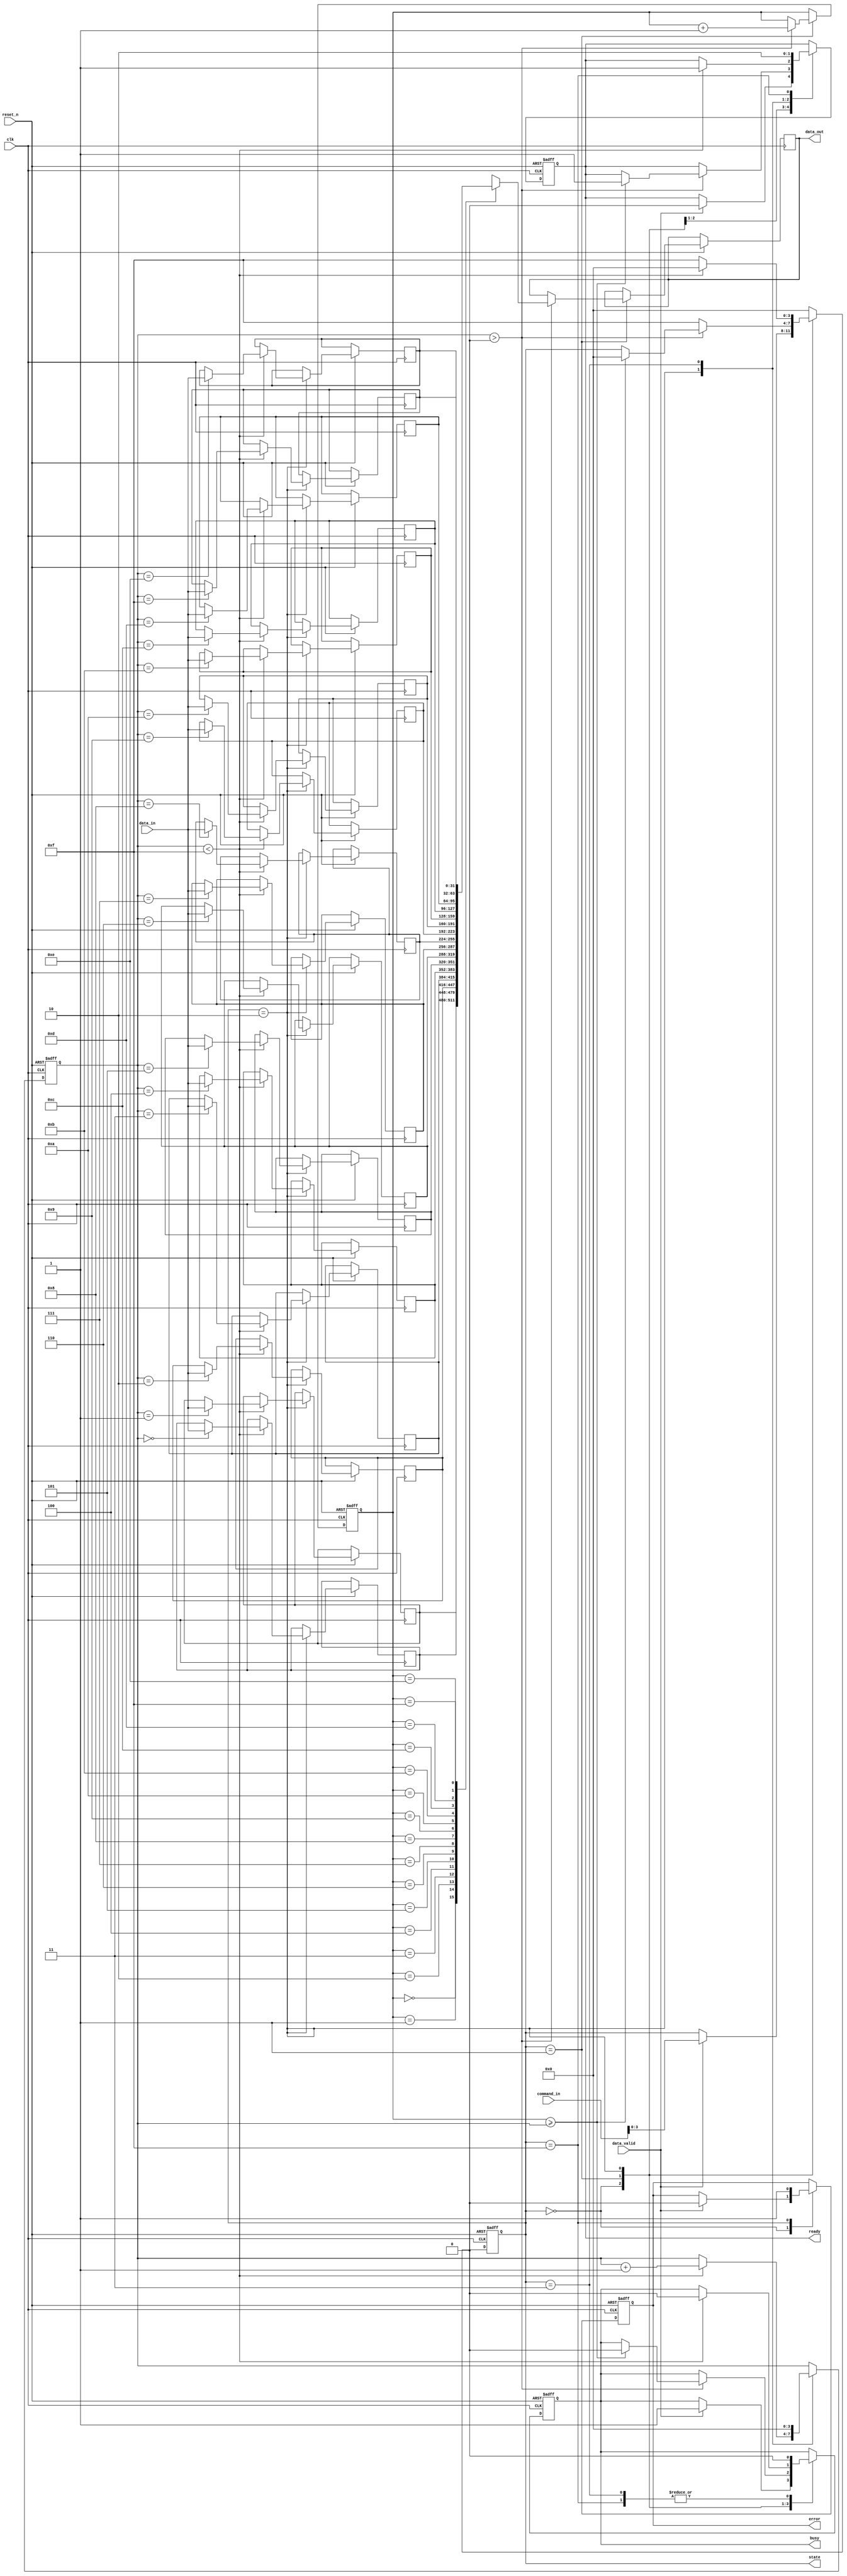
module ufs_io_block #(
    parameter DATA_WIDTH = 32,
    parameter COMMAND_WIDTH = 8
)(
    input wire clk,
    input wire reset_n,
    input wire [COMMAND_WIDTH-1:0] command_in,
    input wire [DATA_WIDTH-1:0] data_in,
    input wire data_valid,
    output reg [DATA_WIDTH-1:0] data_out,
    output reg busy,
    output reg ready,
    output reg error,
    output reg [3:0] state
);

// State definitions
localparam IDLE       = 4'b0000;
localparam READ       = 4'b0001;
localparam WRITE      = 4'b0010;
localparam ERASE      = 4'b0011;
localparam ERROR      = 4'b1111;

// Command Register
reg [COMMAND_WIDTH-1:0] command_reg;

// Data Buffers (FIFO)
reg [DATA_WIDTH-1:0] data_buffer [0:15];
reg [3:0] write_index;
reg [3:0] read_index;

// State transition logic
always @(posedge clk or negedge reset_n) begin
    if (!reset_n) begin
        state <= IDLE;
        busy <= 0;
        ready <= 0;
        error <= 0;
        write_index <= 0;
        read_index <= 0;
    end else begin
        case (state)
            IDLE: begin
                if (data_valid) begin
                    command_reg <= command_in;
                    state <= command_in; // Transition to command state
                    busy <= 1;
                    ready <= 0;
                    error <= 0;
                end
            end
            
            READ: begin
                if (write_index > 0) begin
                    data_out <= data_buffer[read_index];
                    read_index <= read_index + 1;
                    if (read_index >= write_index) begin
                        state <= IDLE; // Back to IDLE after read
                        busy <= 0;
                        ready <= 1;
                    end
                end else begin
                    state <= ERROR; // Error if no data to read
                end
            end
            
            WRITE: begin
                if (write_index < 15) begin
                    data_buffer[write_index] <= data_in; // Store incoming data
                    write_index <= write_index + 1;
                    state <= IDLE; // Back to IDLE after write
                    busy <= 0;
                    ready <= 1;
                end else begin
                    state <= ERROR; // Error if buffer full
                end
            end
            
            ERASE: begin
                // Implement erase operation
                write_index <= 0; // Clear buffer
                state <= IDLE; // Back to IDLE after erase
                busy <= 0;
                ready <= 1;
            end
            
            ERROR: begin
                // Handle error states
                error <= 1;
                state <= IDLE; // Reset state after error
                busy <= 0;
                ready <= 0;
            end
            
            default: state <= IDLE; // Default to IDLE
        endcase
    end
end

endmodule